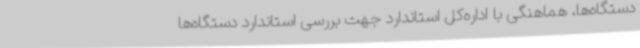
دستگاه‌ها، هماهنگی با اداره‌کل استاندارد جهت بررسی استاندارد دستگاه‌ها